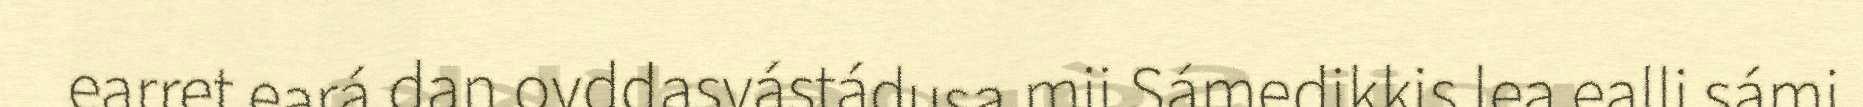
earret eará dan ovddasvástádusa mii Sámedikkis lea ealli sámi